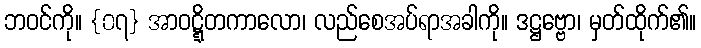
ဘဝင်ကို။ {၀၇} အာဝဋ္ဋိတကာလော၊ လည်စေအပ်ရာအခါကို။ ဒဋ္ဌဗ္ဗော၊ မှတ်ထိုက်၏။